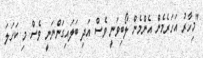
"މިހާރު އަހަރެމެން އެންމެން ލޯބިވަނީ ވެސް އަދި ބަލައިގަންނަނީ ވެސް މި ކަހަލަ